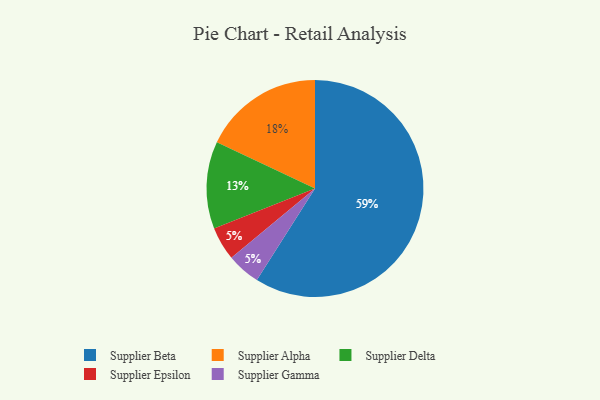
{"axis": {"x": "Category", "y": "Percentage"}, "legend": ["Supplier Alpha", "Supplier Beta", "Supplier Delta", "Supplier Epsilon", "Supplier Gamma"], "data": [{"x": "Supplier Beta", "y": 59, "type": "Supplier Beta"}, {"x": "Supplier Epsilon", "y": 5, "type": "Supplier Epsilon"}, {"x": "Supplier Delta", "y": 13, "type": "Supplier Delta"}, {"x": "Supplier Gamma", "y": 5, "type": "Supplier Gamma"}, {"x": "Supplier Alpha", "y": 18, "type": "Supplier Alpha"}]}